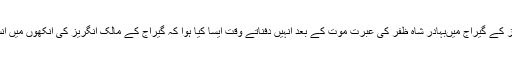
ایک انگریز کے گیراج میںبہادر شاہ ظفر کی عبرت موت کے بعد انہیں دفناتے وقت ایسا کیا ہوا کہ گیراج کے مالک انگریز کی آنکھوں میں آنسو آگئے ؟